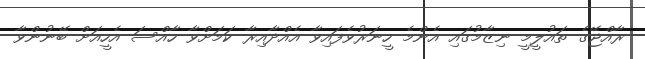
ރާއްޖޭގެ ތައުލީމީ ނިޒާމުގައި އެންމެ ހީނަރުވެފައިވާ އެއްދާއިރާ ކަމަށްވާ ހާއްސަ އެހީއަށް ބޭނުންވާ